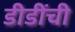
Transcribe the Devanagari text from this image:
डीडींची